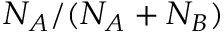
N _ { A } / ( N _ { A } + N _ { B } )